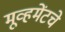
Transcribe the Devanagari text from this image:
मूव्हमेंटचे